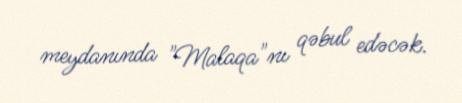
meydanında "Malaqa"nı qəbul edəcək.